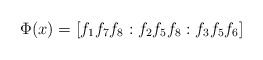
\begin{align*}\Phi(x)= [f_1f_7f_8:f_2f_5f_8:f_3f_5f_6]\end{align*}